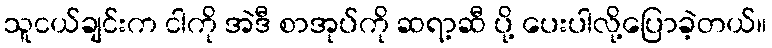
သူငယ်ချင်းက ငါကို အဲဒီ စာအုပ်ကို ဆရာ့ဆီ ပို့ ပေးပါလို့ပြောခဲ့တယ်။